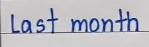
Last month